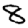
Digit: 8